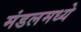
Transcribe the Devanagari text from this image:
मंडलमध्ये